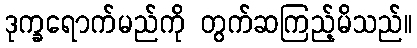
ဒုက္ခရောက်မည်ကို တွက်ဆကြည့်မိသည်။